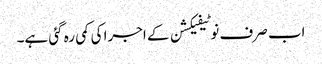
اب صرف نوٹیفیکشن کے اجرا کی کمی رہ گئی ہے۔